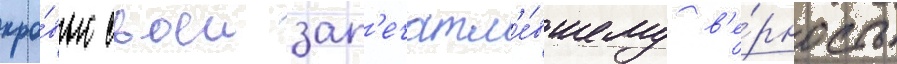
кро́вью своеи зап'ечатл'е́вшему в'е́рность